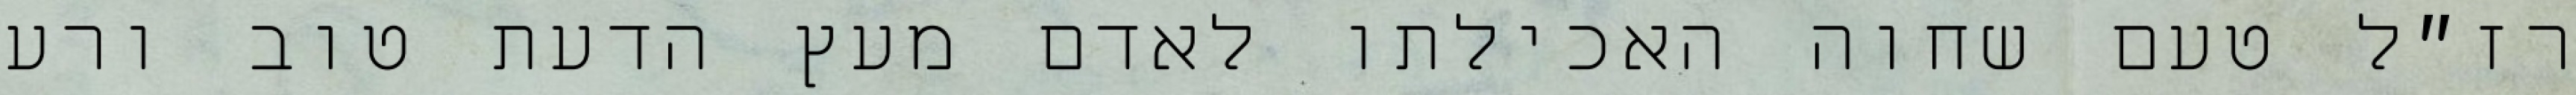
רז״ל טעם שחוה האכילתו לאדם מעץ הדעת טוב ורע